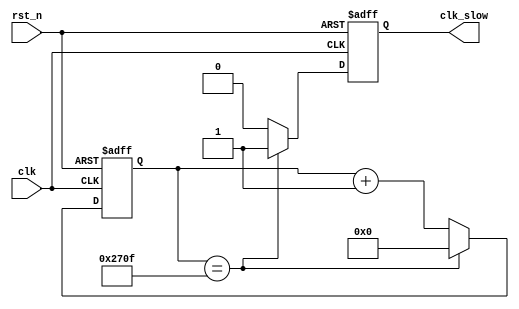
`timescale 1ns / 1ps
//////////////////////////////////////////////////////////////////////////////////
// Company: 
// Engineer: 
// 
// Design Name: 
// Module Name: clk_divide
// Project Name: 
// Target Devices: 
// Tool Versions: 
// Description: 
// 
// Dependencies: 
// 
// Revision:
// Revision 0.01 - File Created
// Additional Comments:
// 
//////////////////////////////////////////////////////////////////////////////////


module clk_divide(
	input clk,
	input rst_n,
	output reg clk_slow
	);

	reg [31:0] cnt_div;

	always @(posedge clk or posedge rst_n)
	 begin
	  if (rst_n) cnt_div<=32'h0;
	  else if (cnt_div == 32'd9_999) cnt_div<=32'h0;
	  else cnt_div<=cnt_div+32'h1;
	 end

	always @(posedge clk or posedge rst_n)
	 begin
	 	if (rst_n) 
	 	     clk_slow<=1'b0;
	 	else if (cnt_div==32'd9_999) 
	 	     clk_slow<=1'b1;
	 	else 
	 	     clk_slow<=1'b0;
	 end

endmodule